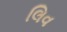
લિવ